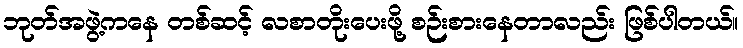
ဘုတ်အဖွဲ့ကနေ တစ်ဆင့် လစာတိုးပေးဖို့ စဉ်းစားနေတာလည်း ဖြစ်ပါတယ်။